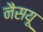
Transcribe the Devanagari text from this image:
नैसयू